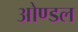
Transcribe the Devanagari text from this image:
ओण्डल